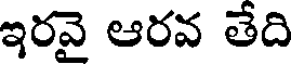
ఇరవై ఆరవ తేది